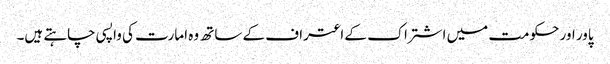
پاور اور حکومت میں اشتراک کے اعتراف کے ساتھ وہ امارت کی واپسی چاہتے ہیں۔